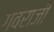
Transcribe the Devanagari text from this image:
गवराजी